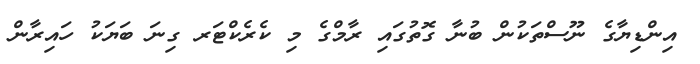
އިންޑިޔާގެ ނޫސްތަކުން ބުނާ ގޮތުގައި ރާމްގެ މި ކެރެކްޓަރ ގިނަ ބަޔަކު ހައިރާން